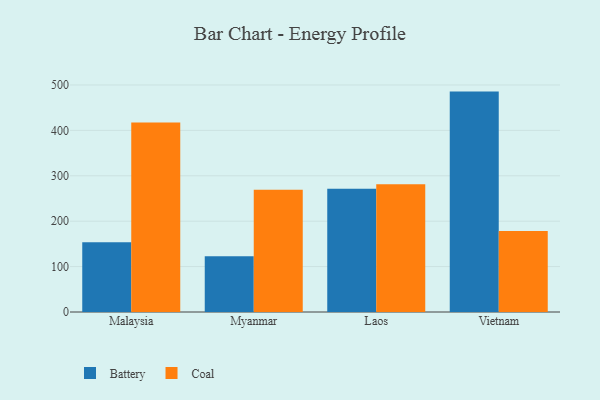
{"axis": {"x": "Country", "y": "Bounce Rate (%)"}, "legend": ["Battery", "Coal"], "data": [{"x": "Malaysia", "y": 153.5, "type": "Battery"}, {"x": "Malaysia", "y": 417.6, "type": "Coal"}, {"x": "Myanmar", "y": 122.9, "type": "Battery"}, {"x": "Myanmar", "y": 269.3, "type": "Coal"}, {"x": "Laos", "y": 271.6, "type": "Battery"}, {"x": "Laos", "y": 281.1, "type": "Coal"}, {"x": "Vietnam", "y": 485.4, "type": "Battery"}, {"x": "Vietnam", "y": 178.2, "type": "Coal"}]}